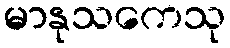
မာနုသကေသု